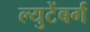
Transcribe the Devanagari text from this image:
ल्युटेंबर्ग